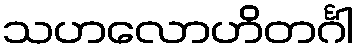
သဟလောဟိတင်္ဂါ